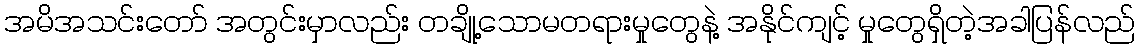
အမိအသင်းတော် အတွင်းမှာလည်း တချို့သောမတရားမှုတွေနဲ့ အနိုင်ကျင့် မှုတွေရှိတဲ့အခါပြန်လည်